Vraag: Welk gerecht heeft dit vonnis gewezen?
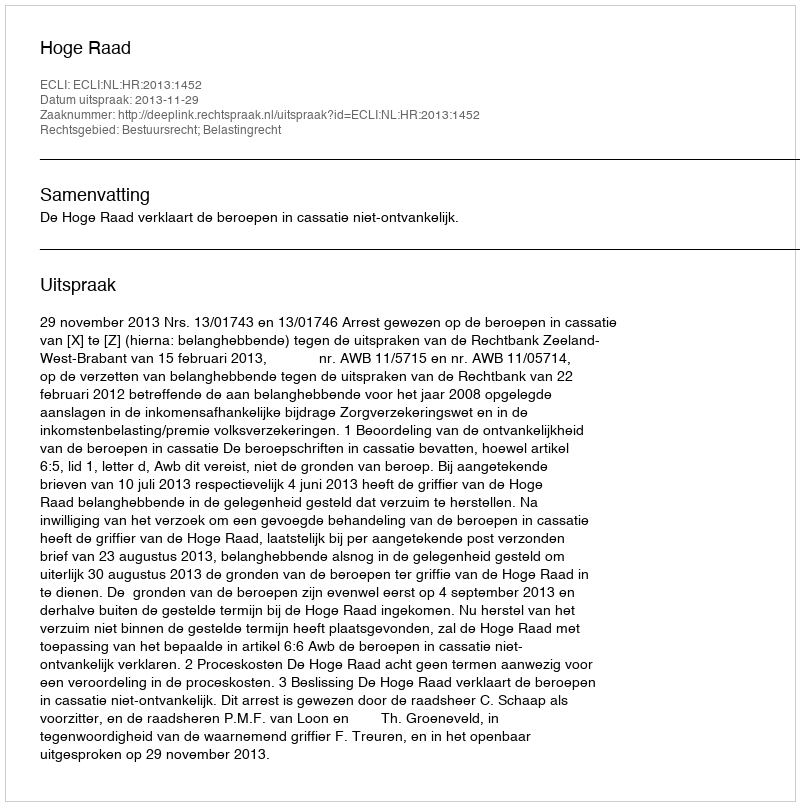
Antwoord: Hoge Raad